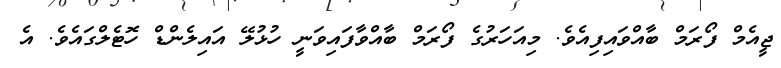
ޖީއެމް ފޯރަމް ބާއްވައިފިއެވެ. މިއަހަރުގެ ފޯރަމް ބާއްވާފައިވަނީ ހުޅުލޭ އައިލެންޑް ހޮޓެލްގައެވެ. އެ